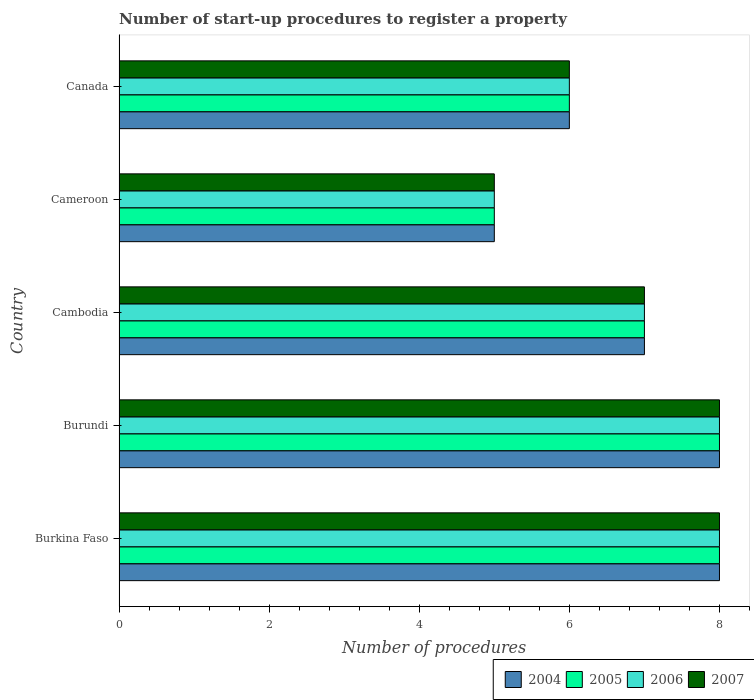
| Country | 2004 | 2005 | 2006 | 2007 |
 | --- | --- | --- | --- | --- |
 | Burkina Faso | 8 | 8 | 8 | 8 |
 | Burundi | 8 | 8 | 8 | 8 |
 | Cambodia | 7 | 7 | 7 | 7 |
 | Cameroon | 5 | 5 | 5 | 5 |
 | Canada | 6 | 6 | 6 | 6 |